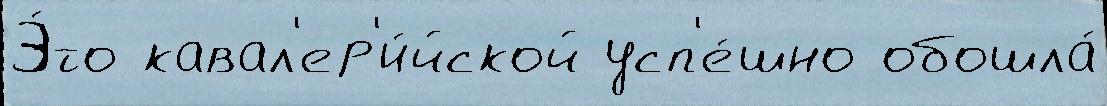
Э́то кавал'ер'и́йской усп'е́шно обошла́